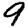
Digit: 9